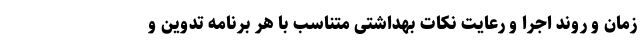
زمان و روند اجرا و رعایت نکات بهداشتی متناسب با هر برنامه تدوین و